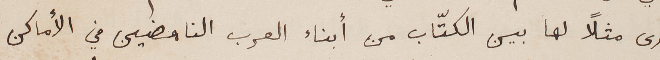
أرى مثلاً لها بين الكتّاب من أبناء العرب الناهضين في الأماكن